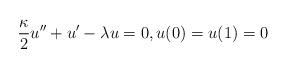
LaTeX: \begin{align*}\frac{\kappa}{2} u'' + u' - \lambda u = 0, u(0) = u(1) = 0\end{align*}